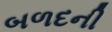
બળદની